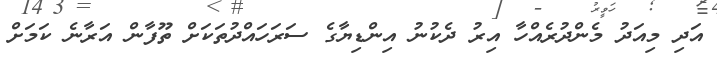
އަދި މިއަދު މެންދުރެއްހާ އިރު ދެކުނު އިންޑިޔާގެ ސަރަހައްދުތަކަށް ތޫފާން އަރާނެ ކަމަށް